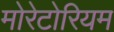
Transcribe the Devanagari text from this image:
मोरेटोरियम